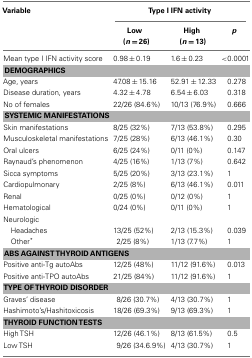
<table><thead><tr><td><b>Variable</b></td><td colspan="3"><b>Type I IFN activity</b></td></tr><tr><td></td><td><b>Low (<i>n</i> = 26)</b></td><td><b>High (<i>n</i> = 13)</b></td><td><b><i>p</i></b></td></tr></thead><tbody><tr><td>Mean type I IFN activity score</td><td>0.98 ± 0.19</td><td>1.6 ± 0.23</td><td>&lt;0.0001</td></tr><tr><td colspan="4"><b>DEMOGRAPHICS</b></td></tr><tr><td>Age, years</td><td>47.08 ± 15.16</td><td>52.91 ± 12.33</td><td>0.278</td></tr><tr><td>Disease duration, years</td><td>4.32 ± 4.78</td><td>6.54 ± 6.03</td><td>0.318</td></tr><tr><td>No of females</td><td>22/26 (84.6%)</td><td>10/13 (76.9%)</td><td>0.666</td></tr><tr><td colspan="4"><b>SYSTEMIC MANIFESTATIONS</b></td></tr><tr><td>Skin manifestations</td><td>8/25 (32%)</td><td>7/13 (53.8%)</td><td>0.295</td></tr><tr><td>Musculoskeletal manifestations</td><td>7/25 (28%)</td><td>6/13 (46.1%)</td><td>0.30</td></tr><tr><td>Oral ulcers</td><td>6/25 (24%)</td><td>0/11 (0%)</td><td>0.147</td></tr><tr><td>Raynaud’s phenomenon</td><td>4/25 (16%)</td><td>1/13 (7%)</td><td>0.642</td></tr><tr><td>Sicca symptoms</td><td>5/25 (20%)</td><td>3/13 (23.1%)</td><td>1</td></tr><tr><td>Cardiopulmonary</td><td>2/25 (8%)</td><td>6/13 (46.1%)</td><td>0.011</td></tr><tr><td>Renal</td><td>0/25 (0%)</td><td>0/12 (0%)</td><td>1</td></tr><tr><td>Hematological</td><td>0/24 (0%)</td><td>0/11 (0%)</td><td>1</td></tr><tr><td>Neurologic</td></tr><tr><td>Headaches</td><td>13/25 (52%)</td><td>2/13 (15.3%)</td><td>0.039</td></tr><tr><td>Other*</td><td> 2/25 (8%)</td><td>1/13 (7.7%)</td><td>1</td></tr><tr><td colspan="4"><b>ABS AGAINST THYROID ANTIGENS</b></td></tr><tr><td>Positive anti-Tg autoAbs</td><td>12/25 (48%)</td><td>11/12 (91.6%)</td><td>0.013</td></tr><tr><td>Positive anti-TPO autoAbs</td><td>21/25 (84%)</td><td>11/12 (91.6%)</td><td>1</td></tr><tr><td colspan="4"><b>TYPE OF THYROID DISORDER</b></td></tr><tr><td>Graves’ disease</td><td> 8/26 (30.7%)</td><td>4/13 (30.7%)</td><td>1</td></tr><tr><td>Hashimoto’s/Hashitoxicosis</td><td>18/26 (69.3%)</td><td>9/13 (69.3%)</td><td>1</td></tr><tr><td colspan="4"><b>THYROID FUNCTION TESTS</b></td></tr><tr><td>High TSH</td><td>12/26 (46.1%)</td><td>8/13 (61.5%)</td><td>0.5</td></tr><tr><td>Low TSH</td><td> 9/26 (34.6.9%)</td><td>4/13 (30.7%)</td><td>1</td></tr></tbody></table>